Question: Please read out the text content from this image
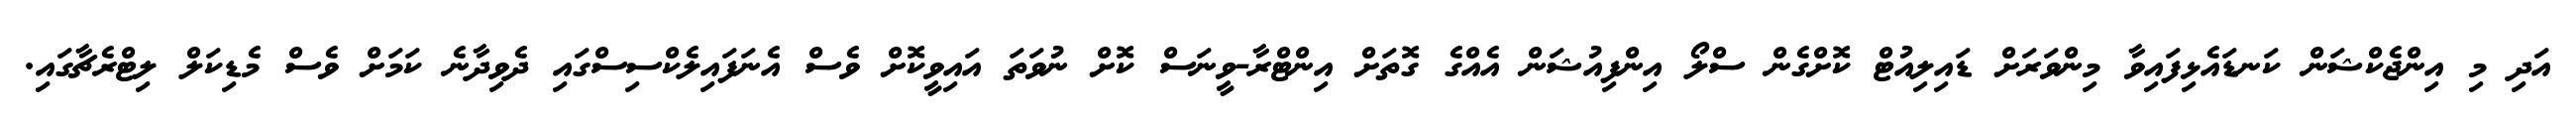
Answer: އަދި މި އިންޖެކްޝަން ކަނޑައެޅިފައިވާ މިންވަރަށް ޑައިލިއުޓް ކޮށްގެން ސްލޯ އިންފިއުޝަން އެއްގެ ގޮތަށް އިންޓްރާ-ވީނަސް ކޮށް ނުވަތަ އައިވީކޮށް ވެސް އެނަފައިލެކްސިސްގައި ދެވިދާނެ ކަމަށް ވެސް މެޑިކަލް ލިޓްރެޗާގައި.